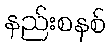
နည်းစနစ်